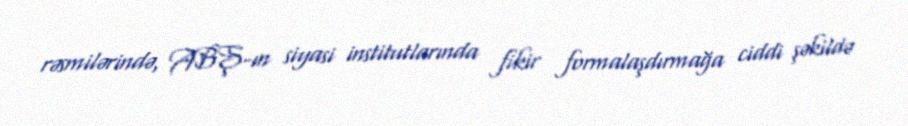
rəsmilərində, ABŞ-ın siyasi institutlarında fikir formalaşdırmağa ciddi şəkildə